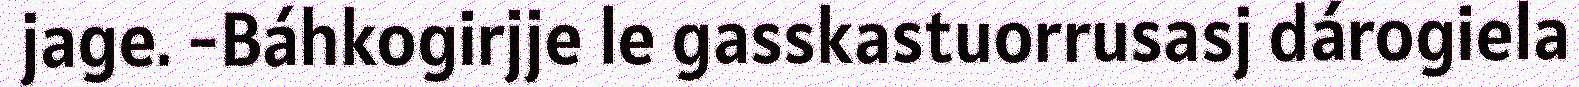
jage. -Báhkogirjje le gasskastuorrusasj dárogiela